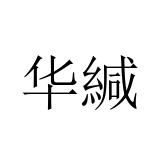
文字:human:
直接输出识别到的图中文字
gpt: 华緘